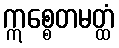
ဣစ္စေတမတ္ထံ